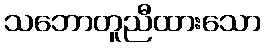
သဘောတူညီထားသော